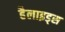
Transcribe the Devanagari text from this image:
हैलाइड्स